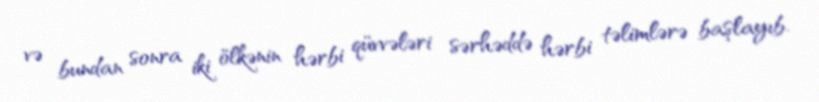
və bundan sonra iki ölkənin hərbi qüvvələri sərhəddə hərbi təlimlərə başlayıb.